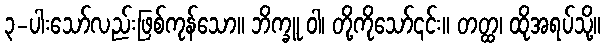
၃-ပါးသော်လည်းဖြစ်ကုန်သော။ ဘိက္ခူ ဝါ၊ တို့ကိုသော်၎င်း။ တတ္ထ၊ ထိုအရပ်သို့။